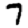
Digit: 7